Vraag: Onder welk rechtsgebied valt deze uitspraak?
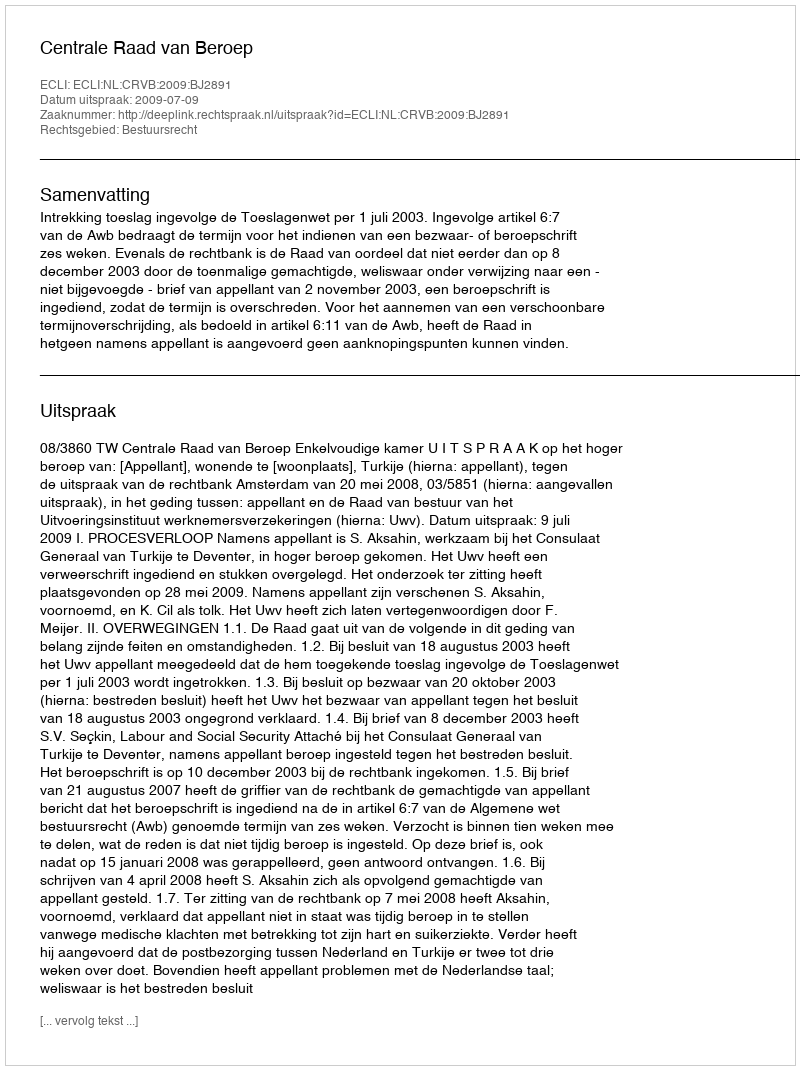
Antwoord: Bestuursrecht